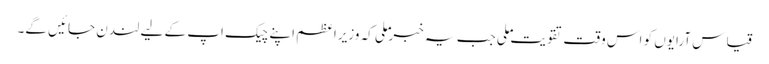
قیاس آرایوں کو اس وقت تقویت ملی جب یہ خبر ملی کہ وزیراعظم اپنے چیک اپ کے لیے لندن جائیں گے۔